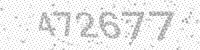
Solution: 472677